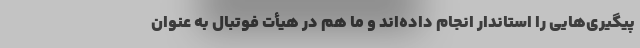
پیگیری‌هایی را استاندار انجام داده‌اند و ما هم در هیأت فوتبال به عنوان